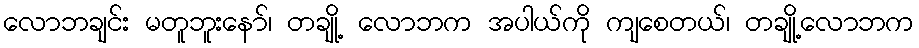
လောဘချင်း မတူဘူးနော်၊ တချို့ လောဘက အပါယ်ကို ကျစေတယ်၊ တချို့လောဘက